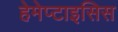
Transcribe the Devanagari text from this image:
हेमेप्टाइसिस